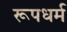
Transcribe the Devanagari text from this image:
रूपधर्म